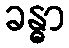
ခန္ဓာ